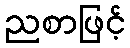
ညစာဖြင့်